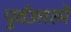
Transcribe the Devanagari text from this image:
पुर्वउत्तरमे